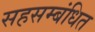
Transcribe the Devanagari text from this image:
सहसम्बंधित